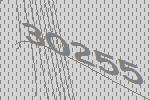
30255